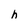
Character: h